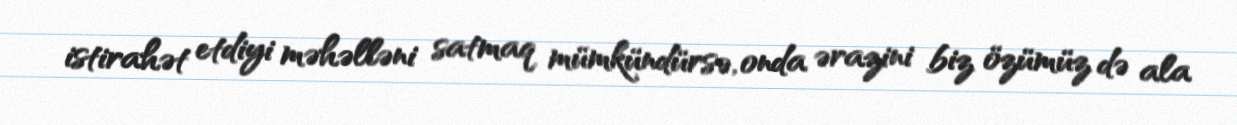
istirahət etdiyi məhəlləni satmaq mümkündürsə, onda ərazini biz özümüz də ala